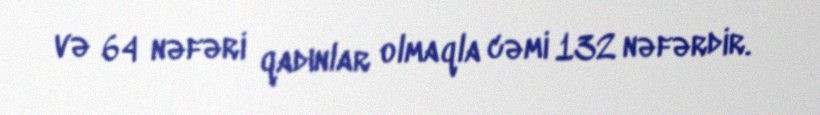
və 64 nəfəri qadınlar olmaqla cəmi 132 nəfərdir.